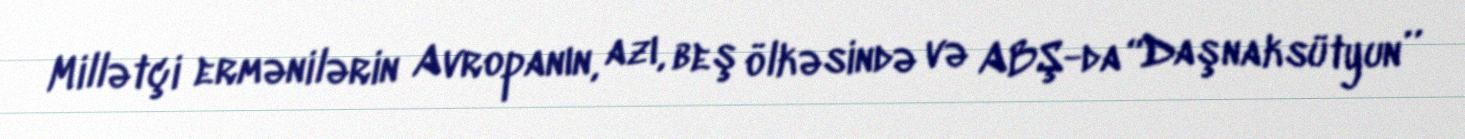
Millətçi ermənilərin Avropanın, azı, beş ölkəsində və ABŞ-da “Daşnaksütyun’’